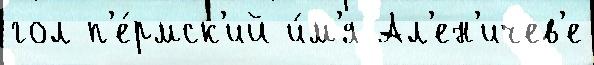
гол п'е́рмск'ий и́м'я Ал'ен'ичев'е